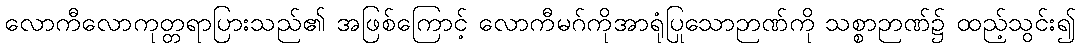
လောကီလောကုတ္တရာပြားသည်၏ အဖြစ်ကြောင့် လောကီမဂ်ကိုအာရုံပြုသောဉာဏ်ကို သစ္စာဉာဏ်၌ ထည့်သွင်း၍